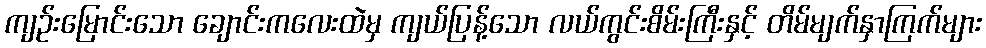
ကျဉ်းမြောင်းသော ချောင်းကလေးထဲမှ ကျယ်ပြန့်သော လယ်ကွင်းစိမ်းကြီးနှင့် တိမ်မျက်နှာကြက်များ